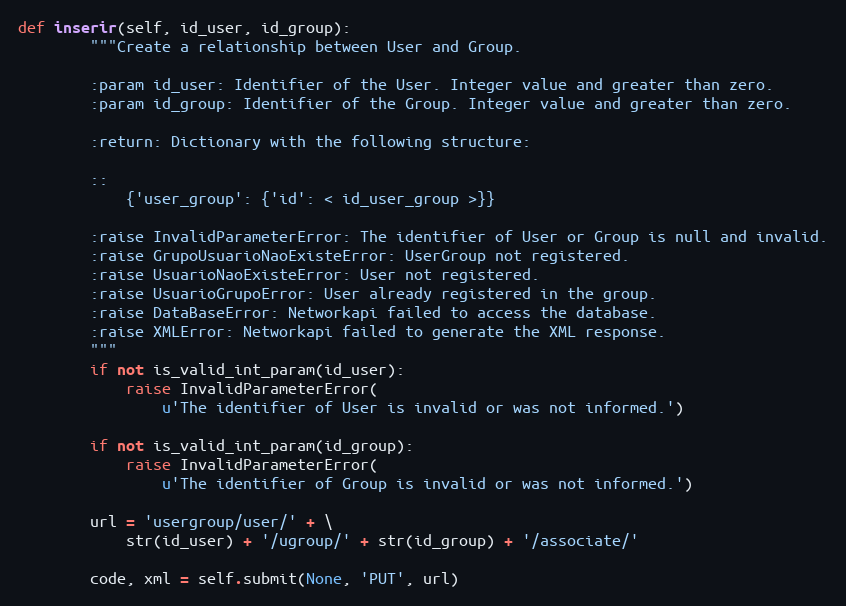
Language: Python
def inserir(self, id_user, id_group):
        """Create a relationship between User and Group.

        :param id_user: Identifier of the User. Integer value and greater than zero.
        :param id_group: Identifier of the Group. Integer value and greater than zero.

        :return: Dictionary with the following structure:

        ::
            {'user_group': {'id': < id_user_group >}}

        :raise InvalidParameterError: The identifier of User or Group is null and invalid.
        :raise GrupoUsuarioNaoExisteError: UserGroup not registered.
        :raise UsuarioNaoExisteError: User not registered.
        :raise UsuarioGrupoError: User already registered in the group.
        :raise DataBaseError: Networkapi failed to access the database.
        :raise XMLError: Networkapi failed to generate the XML response.
        """
        if not is_valid_int_param(id_user):
            raise InvalidParameterError(
                u'The identifier of User is invalid or was not informed.')

        if not is_valid_int_param(id_group):
            raise InvalidParameterError(
                u'The identifier of Group is invalid or was not informed.')

        url = 'usergroup/user/' + \
            str(id_user) + '/ugroup/' + str(id_group) + '/associate/'

        code, xml = self.submit(None, 'PUT', url)